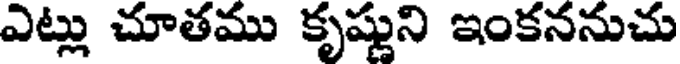
ఎట్లు చూతము కృష్ణుని ఇంకననుచు